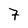
Character: 7